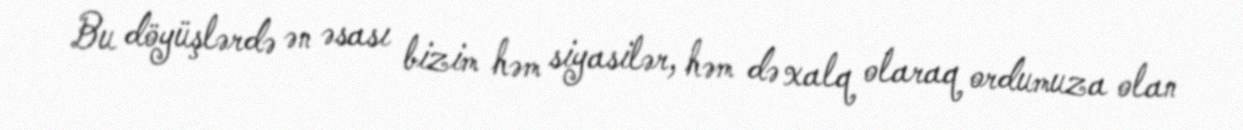
Bu döyüşlərdə ən əsası bizim həm siyasilər, həm də xalq olaraq ordumuza olan